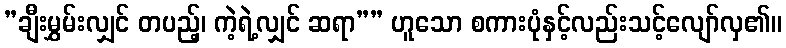
”ချီးမွှမ်းလျှင် တပည့်၊ ကဲ့ရဲ့လျှင် ဆရာ”” ဟူသော စကားပုံနှင့်လည်းသင့်လျော်လှ၏။